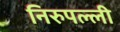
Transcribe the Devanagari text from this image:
निरुपल्ली